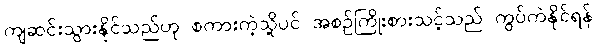
ကျဆင်းသွားနိုင်သည်ဟု စကားကဲ့သို့ပင် အစဉ်ကြိုးစားသင့်သည် ကွပ်ကဲနိုင်ရန်